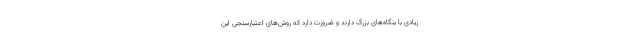
زیادی با بنگاه‌های بزرگ دارند و ضرورت دارد که روش‌های اعتبارسنجی این